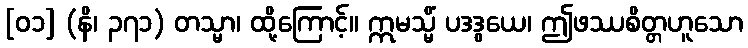
[၀၁] (နိ၊ ၃၇၁) တသ္မာ၊ ထို့ကြောင့်။ ဣမသ္မိံ ပဒဒွယေ၊ ဤဖဿစိတ္တဟူသော